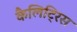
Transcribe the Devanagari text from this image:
कैलिट्रिस